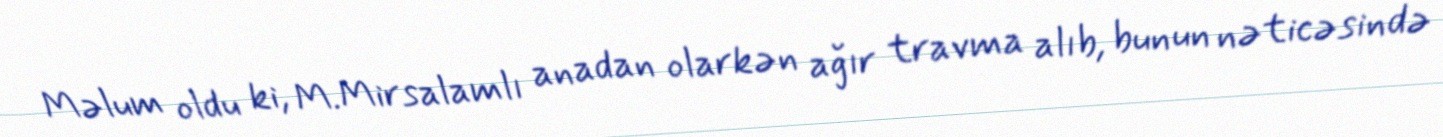
Məlum oldu ki, M.Mirsalamlı anadan olarkən ağır travma alıb, bunun nəticəsində